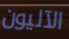
الآليون